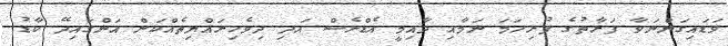
ވަޑައިގަންނަވާ ފަރާތުގެ ފުރިހަމަ ނަމާއި ދާއިމީ އެޑްރެސް އަދި ދިވެހިރައްޔިތެއްކަން އަންގައިދޭ ކާޑު